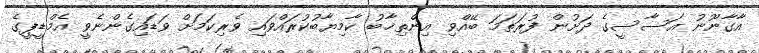
އާގާނޫނު އަސާސީގެ ދަށުން ފުރަތަމަ ބޭއްވި އިންތިޚާބު ކާމިޔާބުކުރައްވައި ވެރިކަމަށް ވަޑައިގެންނެވީ އެމްޑީޕީގެ